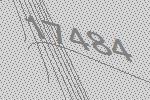
17484